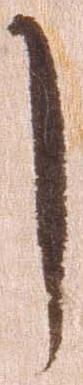
し